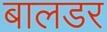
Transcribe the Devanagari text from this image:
बालडर